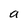
Character: a